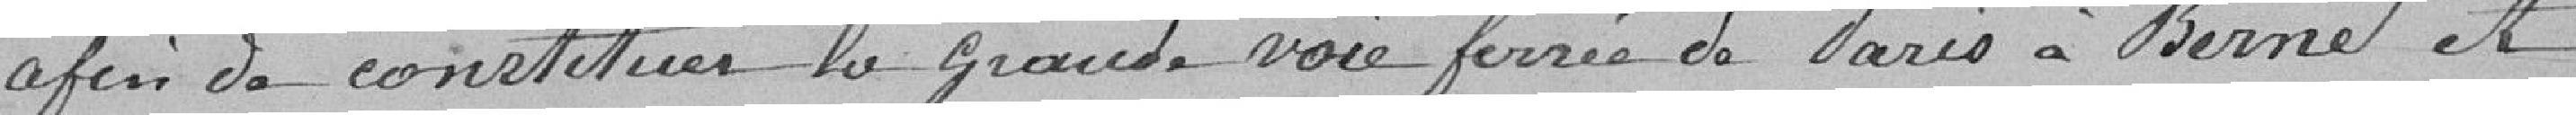
afin de constituer la grande voie ferrée de Paris à Berne et